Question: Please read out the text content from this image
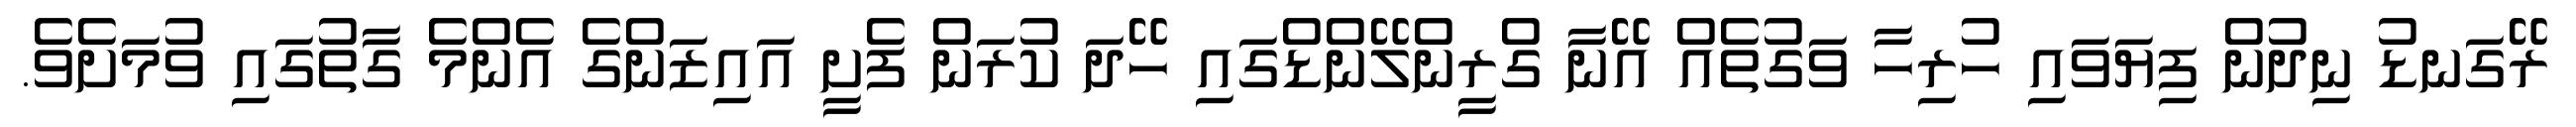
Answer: ރޭގަނޑު ނިދުން ފިޔަވައި ހުރިހާ ވަގުތެއް އޭނާ ގްރީންލޭންޑްގައި ހޭދަ ކުރަން ފެށީ އައިޒަންގެ އެންމެ ގާތުގައި ވުމަށެވެ.